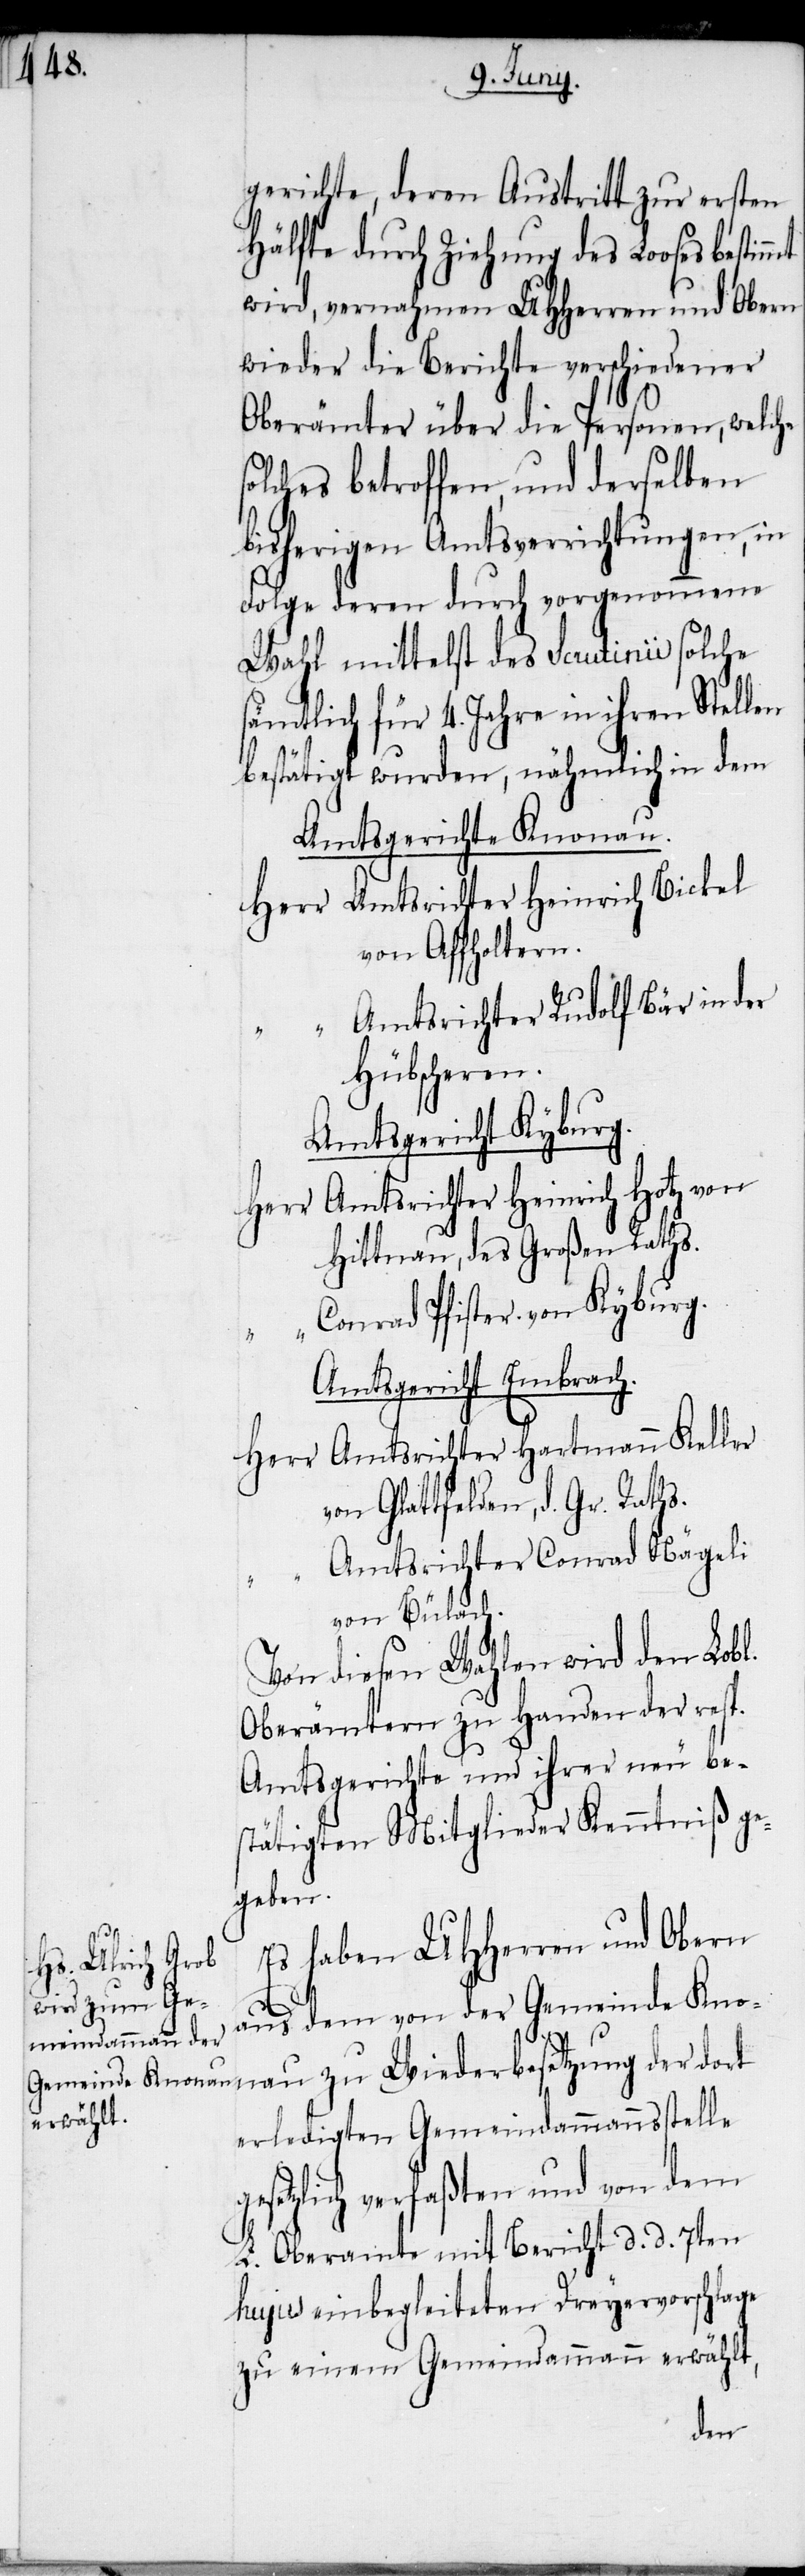
gerichte, deren Austritt zur ersten
Hälfte durch Ziehung des Looses
wird, vernahmen UHHerren und Obern
wieder die Berichte verschiedener
Oberämter über die Personen, welche
solches betroffen, und derselben
bisherigen Amtsverrichtungen, in
Folge deren durch vorgenommene
Wahl mittelst des Scrutinii solche
sämtlich für 4. Jahre in ihren Stellen
bestätigt wurden, nähmlich in dem
Amtsgerichte Knonau.
Herr	Amtsrichter Heinrich Bickel
von Affholtern.
“		Amtsrichter Rudolf Bär in der
Hübscheren.
Amtsgericht Kyburg.
Herr	Amtsrichter Heinrich Hotz von
Hittnau, des Großen Raths.
onrad Pfister von Kyburg.
Amtsgericht Embrach.
Herr	Amtsrichter Hartmann Keller
von Glattfelden, d. Gr. Raths.
“		Amtsrichter Conrad Nägeli
“		C¬
von Bülach.
Von diesen Wahlen wird den Lobl.
Oberämtern zu Handen der resp.
Amtsgerichte und ihrer neu be¬
stätigten Mitglieder Kenntniß ge¬
geben.
Es haben UHHerren und Obern
aus dem von der Gemeinde Kno¬
nau zu Wiederbesetzung der dort
erledigten Gemeindammannsstelle
setzlich verfaßten und von dem
L. Oberamte mit Bericht d. d. 7ten
hujus einbegleiteten Dreyervorschlage
zu einem Gemeindammann erwählt,
ge¬